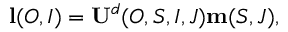
\begin{array} { r } { \mathbf { l } ( O , I ) = \mathbf { U } ^ { d } ( O , S , I , J ) \mathbf { m } ( S , J ) , } \end{array}